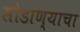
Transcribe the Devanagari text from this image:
सोडाण्याचा